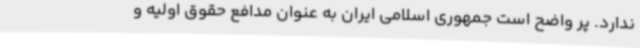
ندارد. پر واضح است جمهوری اسلامی ایران به عنوان مدافع حقوق اولیه و